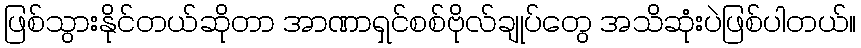
ဖြစ်သွားနိုင်တယ်ဆိုတာ အာဏာရှင်စစ်ဗိုလ်ချုပ်တွေ အသိဆုံးပဲဖြစ်ပါတယ်။